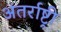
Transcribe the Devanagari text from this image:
अंतर्राष्ट्री